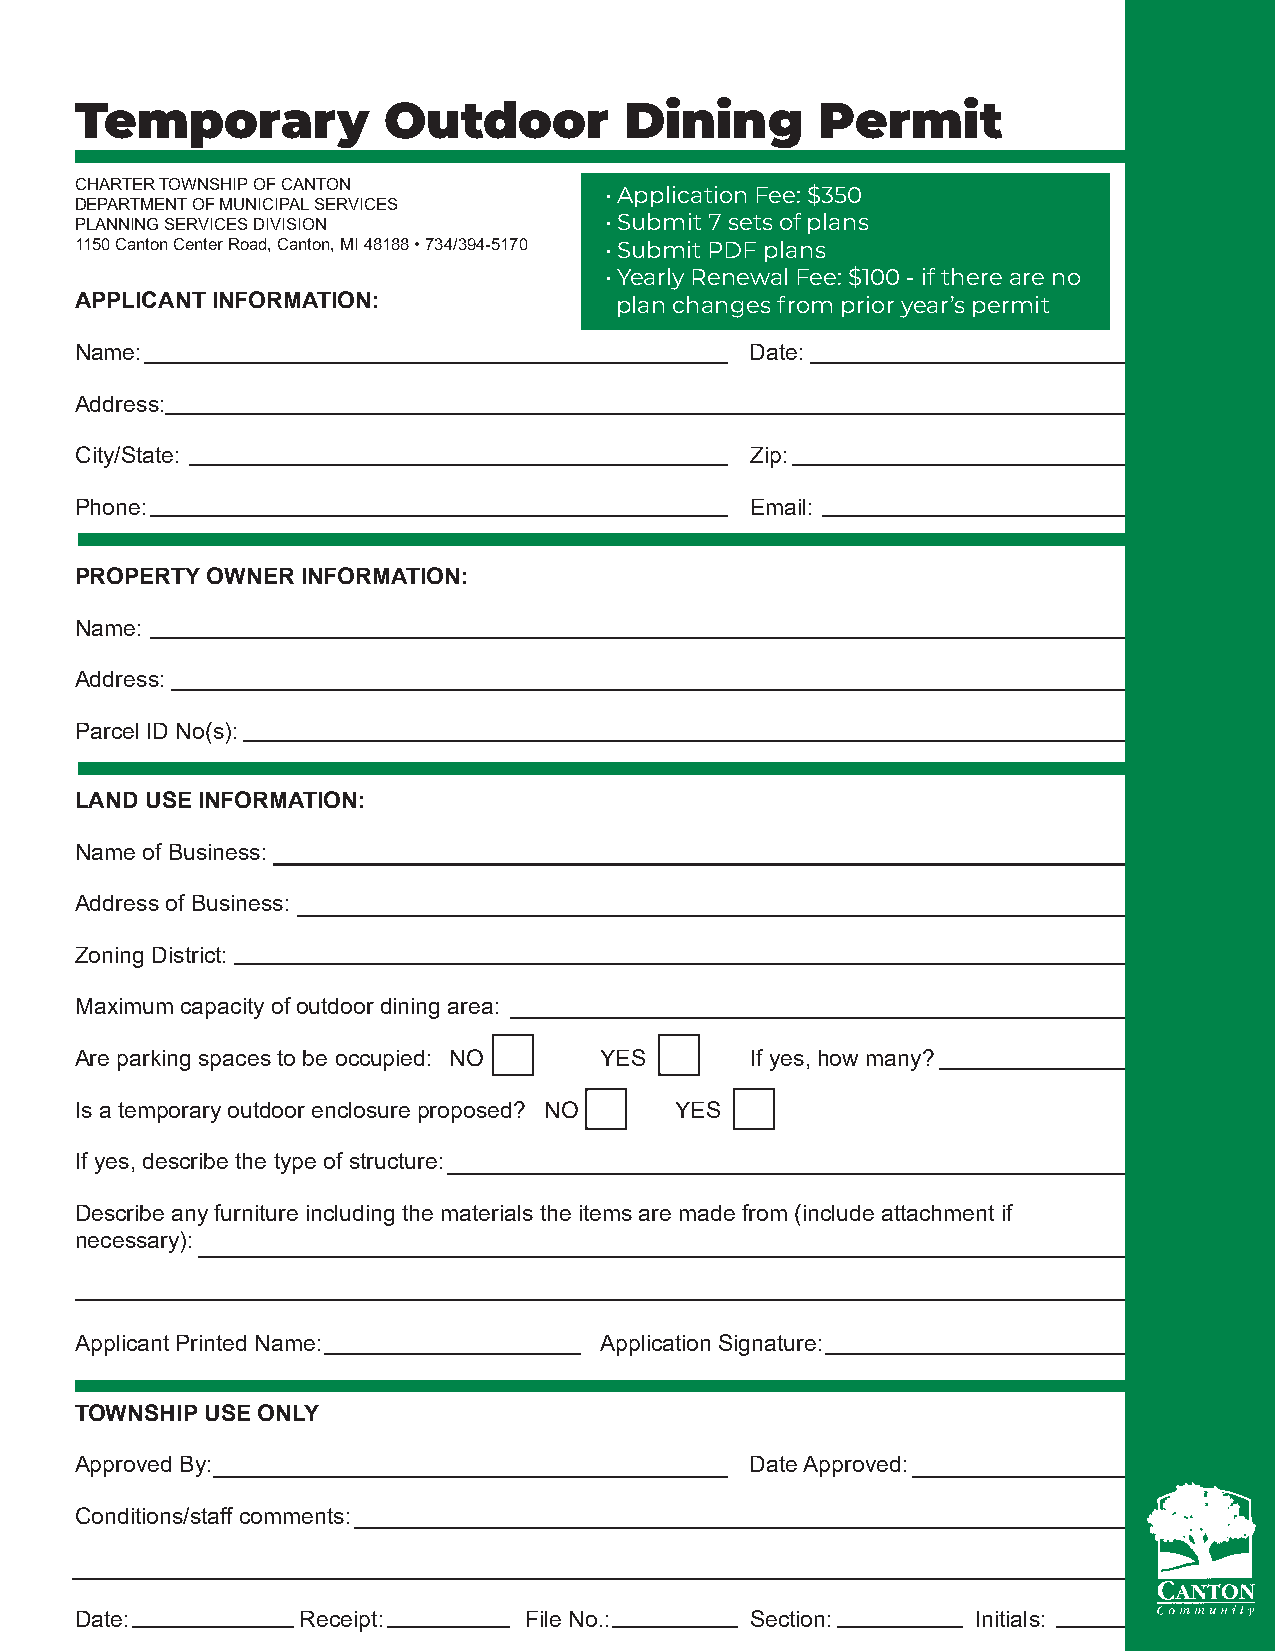
Temporary           Outdoor         Dining       Permit
 CHARTER TOWNSHIP OF CANTON
 • Application Fee: $350
 DEPARTMENT OF MUNICIPAL SERVICES
 PLANNING SERVICES DIVISION         • Submit 7 sets of plans
 1150 Canton Center Road, Canton, MI 48188 • 734/394-5170 • Submit PDF plans
 • Yearly Renewal Fee: $100 - if there are no
 APPLICANT INFORMATION:              plan changes from prior year’s permit
 Name:                                        Date:
 Address:
 City/State:                                  Zip:
 Phone:                                       Email:
 PROPERTY OWNER INFORMATION:
 Name:
 Address:
 Parcel ID No(s):
 LAND USE INFORMATION:
 Name of Business:
 Address of Business:
 Zoning District:
 Maximum capacity of outdoor dining area:
 Are parking spaces to be occupied: NO YES    If yes, how many?
 Is a temporary outdoor enclosure proposed? NO YES
 If yes, describe the type of structure:
 Describe any furniture including the materials the items are made from (include attachment if
 necessary):
 Applicant Printed Name:            Application Signature:
 TOWNSHIP USE ONLY
 Approved By:                                 Date Approved:
 Conditions/staff comments:
 Date:          Receipt:       File No.:      Section:       Initials: